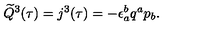
\widetilde Q ^ { 3 } ( \tau ) = j ^ { 3 } ( \tau ) = - \epsilon _ { a } ^ { b } q ^ { a } p _ { b } .